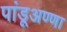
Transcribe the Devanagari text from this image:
पांडूअण्णा